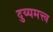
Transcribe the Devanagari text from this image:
दुय्यमत्त्व